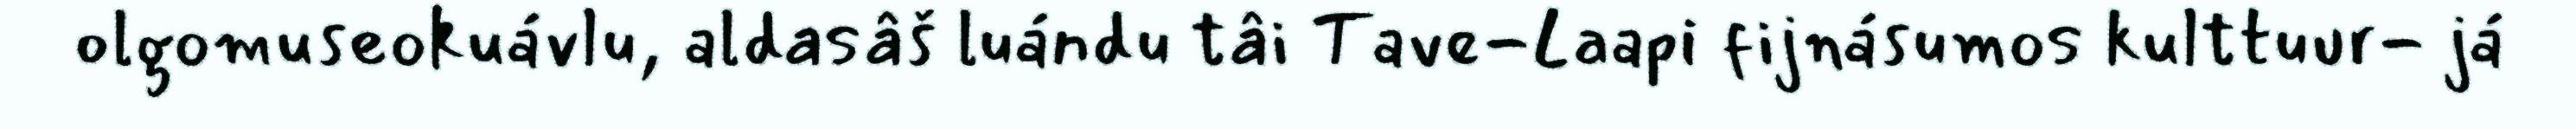
olgomuseokuávlu, aldasâš luándu tâi Tave-Laapi fijnásumos kulttuur- já